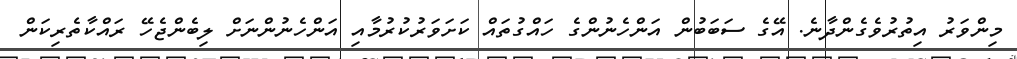
މިންވަރު އިތުރުވެގެންދާނެ. އޭގެ ސަބަބުން އަންހެނުންގެ ހައްގުތައް ކަށަވަރުކުރުމާއި އަންހެނުންނަށް ލިބެންޖެހޭ ރައްކާތެރިކަން